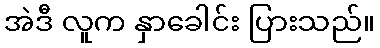
အဲဒီ လူက နှာခေါင်း ပြားသည်။